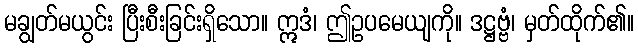
မချွတ်မယွင်း ပြီးစီးခြင်းရှိသော။ ဣဒံ၊ ဤဥပမေယျကို။ ဒဋ္ဌဗ္ဗံ၊ မှတ်ထိုက်၏။